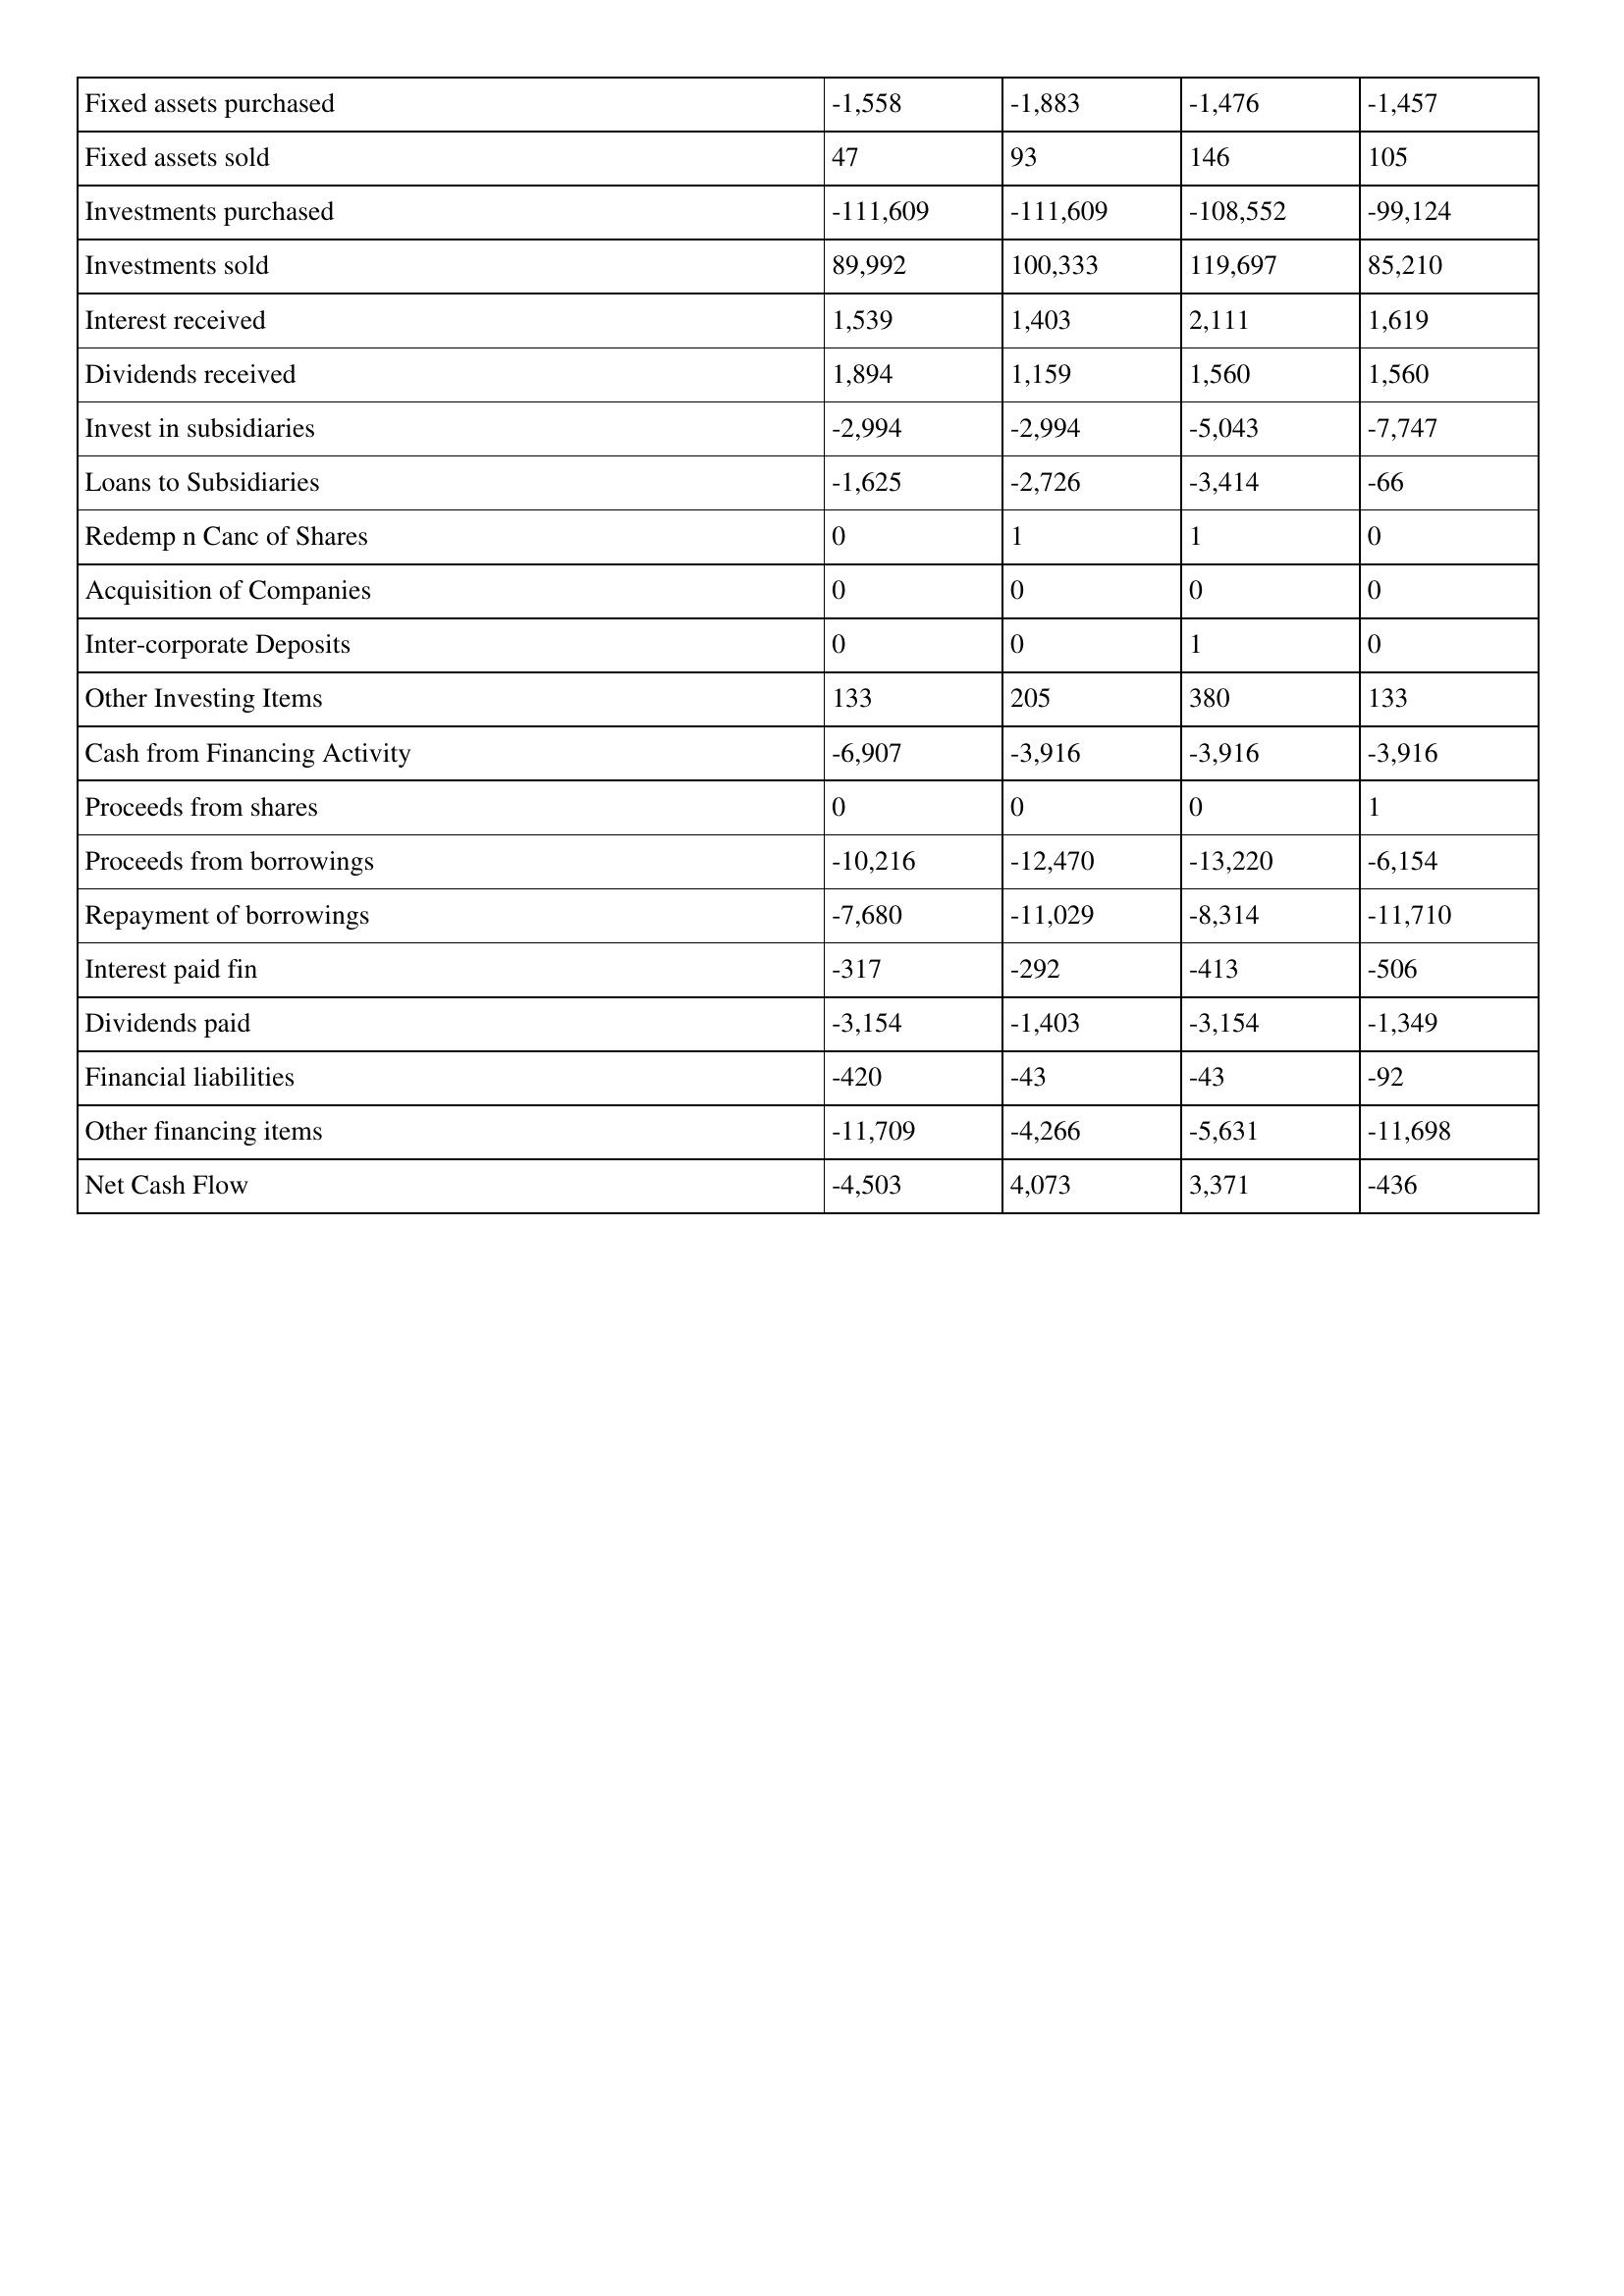
gt_parse: 2012: Cash Flows: Fixed assets purchased: -1,558
Fixed assets sold: 47
Investments purchased: -111,609
Investments sold: 89,992
Interest received: 1,539
Dividends received: 1,894
Invest in subsidiaries: -2,994
Loans to Subsidiaries: -1,625
Redemp n Canc of Shares: 0
Acquisition of Companies: 0
Inter-corporate Deposits: 0
Other Investing Items: 133
Cash from Financing Activity: -6,907
Proceeds from shares: 0
Proceeds from borrowings: -10,216
Repayment of borrowings: -7,680
Interest paid fin: -317
Dividends paid: -3,154
Financial liabilities: -420
Other financing items: -11,709
Net Cash Flow: -4,503
2011: Cash Flows: Fixed assets purchased: -1,883
Fixed assets sold: 93
Investments purchased: -111,609
Investments sold: 100,333
Interest received: 1,403
Dividends received: 1,159
Invest in subsidiaries: -2,994
Loans to Subsidiaries: -2,726
Redemp n Canc of Shares: 1
Acquisition of Companies: 0
Inter-corporate Deposits: 0
Other Investing Items: 205
Cash from Financing Activity: -3,916
Proceeds from shares: 0
Proceeds from borrowings: -12,470
Repayment of borrowings: -11,029
Interest paid fin: -292
Dividends paid: -1,403
Financial liabilities: -43
Other financing items: -4,266
Net Cash Flow: 4,073
2010: Cash Flows: Fixed assets purchased: -1,476
Fixed assets sold: 146
Investments purchased: -108,552
Investments sold: 119,697
Interest received: 2,111
Dividends received: 1,560
Invest in subsidiaries: -5,043
Loans to Subsidiaries: -3,414
Redemp n Canc of Shares: 1
Acquisition of Companies: 0
Inter-corporate Deposits: 1
Other Investing Items: 380
Cash from Financing Activity: -3,916
Proceeds from shares: 0
Proceeds from borrowings: -13,220
Repayment of borrowings: -8,314
Interest paid fin: -413
Dividends paid: -3,154
Financial liabilities: -43
Other financing items: -5,631
Net Cash Flow: 3,371
2009: Cash Flows: Fixed assets purchased: -1,457
Fixed assets sold: 105
Investments purchased: -99,124
Investments sold: 85,210
Interest received: 1,619
Dividends received: 1,560
Invest in subsidiaries: -7,747
Loans to Subsidiaries: -66
Redemp n Canc of Shares: 0
Acquisition of Companies: 0
Inter-corporate Deposits: 0
Other Investing Items: 133
Cash from Financing Activity: -3,916
Proceeds from shares: 1
Proceeds from borrowings: -6,154
Repayment of borrowings: -11,710
Interest paid fin: -506
Dividends paid: -1,349
Financial liabilities: -92
Other financing items: -11,698
Net Cash Flow: -436